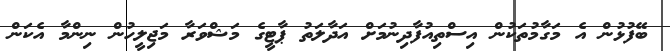
ބޭފުޅުން އެ މަގާމުތަކުން އިސްތިއުފާދިނުމަށް އަދާލަތު ޕާޓީގެ މަޝްވަރާ މަޖިލީހުން ނިންމާ އެކަން